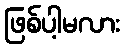
ဖြစ်ပါ့မလား